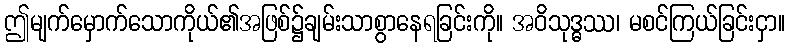
ဤမျက်မှောက်သောကိုယ်၏အဖြစ်၌ချမ်းသာစွာနေရခြင်းကို။ အဝိသုဒ္ဓဿ၊ မစင်ကြယ်ခြင်းငှာ။